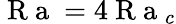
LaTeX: \mathrm{~R~a~}=4\mathrm{~R~a~}_{c}